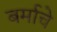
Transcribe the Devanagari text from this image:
बर्माचे